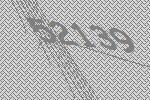
52139